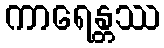
ကာရေန္တဿ